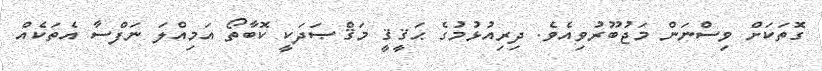
ގޮތަކަށް ވިސްނަން މަޖުބޫރުވިއެވެ. ދިރިއުޅުމުގެ ޙަޤީޤީ މަޤްޞަދަކީ ކޮބާތޯ އަމިއްލަ ނަފްސާ އެތަކެއް